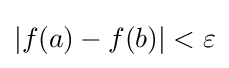
|f(a)-f(b)|<\varepsilon